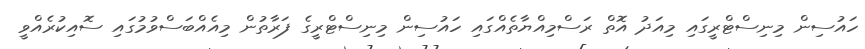
ހައުސިން މިނިސްޓްރީގައި މިއަދު އޮތް ރަސްމިއްޔާތެއްގައި ހައުސިން މިނިސްޓްރީގެ ފަރާތުން މިއެއްބަސްވުމުގައި ސޮއިކުރެއްވީ